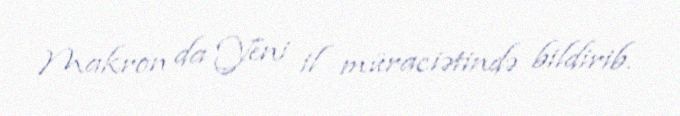
Makron da Yeni il müraciətində bildirib.